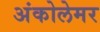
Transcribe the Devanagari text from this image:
अंकोलेमर